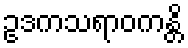
ဥဒကသရာဝကန္တိ